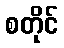
စတိုင်